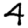
Digit: 4